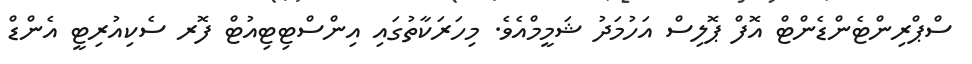
ސްޕްރިންޓެންޑެންޓް އޮފް ޕޮލިސް އަހުމަދު ޝަމީމްއެވެ. މިހަރަކާތުގައި އިންސްޓިޓިއުޓް ފޮރ ސެކިއުރިޓީ އެންޑް